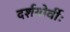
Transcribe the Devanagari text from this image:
दर्शयोर्वीः